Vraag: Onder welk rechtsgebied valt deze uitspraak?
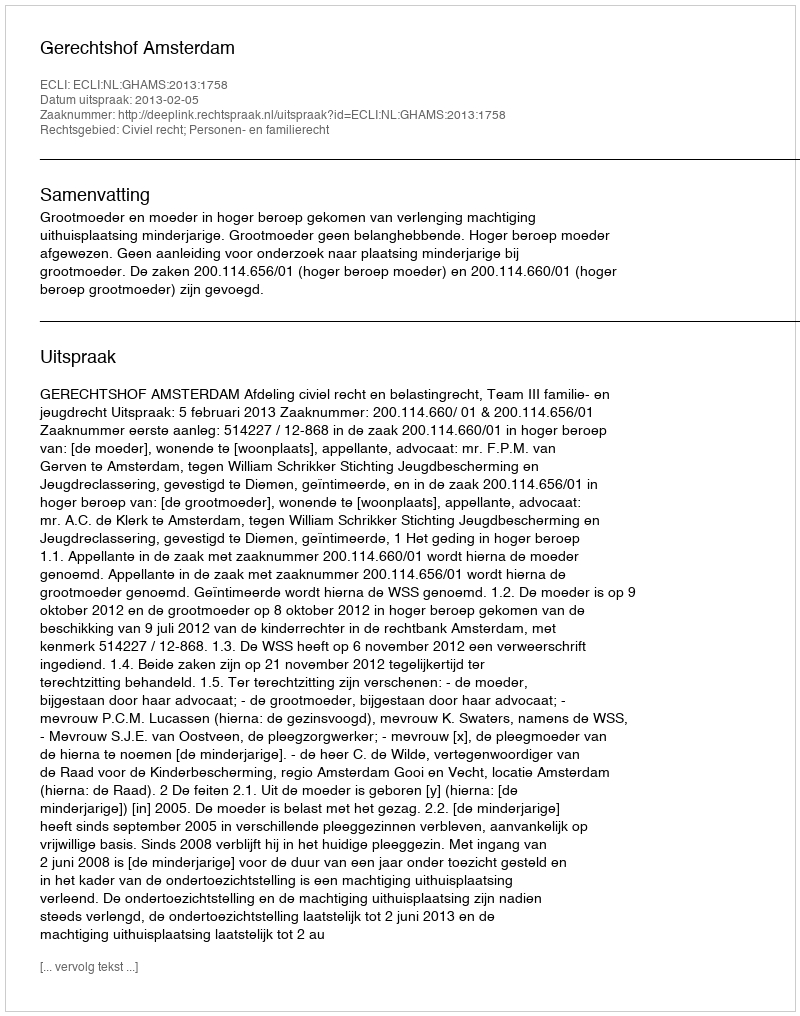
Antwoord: Civiel recht; Personen- en familierecht